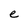
Character: e